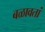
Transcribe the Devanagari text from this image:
बळावतां